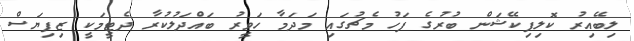
ލިބޭއިރު ކޮލިފިކޭޝަން ބުރުގެ ފަހު މެޗުގައި މަދަމާ ހަވީރު ބައްދަލުކުރާ ދެޓީމަކީ ޒިފިޔަސް